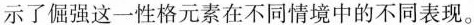
示了倔强这一性格元素在不同情境中的不同表现。